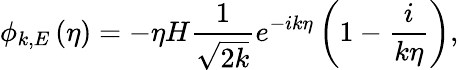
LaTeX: \phi_{k,E}\left(\eta\right)=-\eta H\frac{1}{\sqrt{2k}}e^{-ik\eta}\left(1-\frac{i}{k\eta}\right),